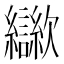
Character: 㱍